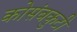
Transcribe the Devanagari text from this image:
कोसंबकुटी